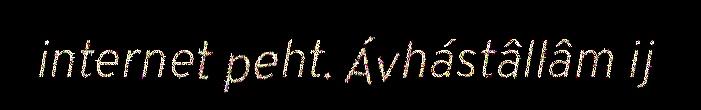
internet peht. Ávhástâllâm ij